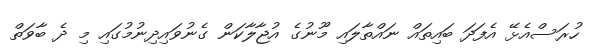
ހުރަސްއެޅޭ އެފަދަ ބައިތައް ނައްތާލައި މޫނުގެ އުޖާލާކަން ގެނުވައިދިނުމުގައި މި ދެ ބާވަތް